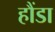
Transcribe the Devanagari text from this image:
हौंडा